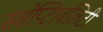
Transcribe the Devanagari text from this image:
ससेप्टिाबलिटी